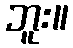
ဘူး။